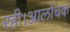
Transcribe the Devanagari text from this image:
रही।आलोचक